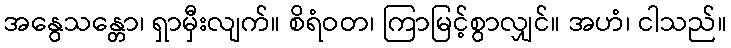
အနွေသန္တော၊ ရှာမှီးလျက်။ စိရံဝတ၊ ကြာမြင့်စွာလျှင်။ အဟံ၊ ငါသည်။